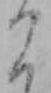
こ